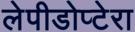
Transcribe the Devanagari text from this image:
लेपीडोप्टेरा